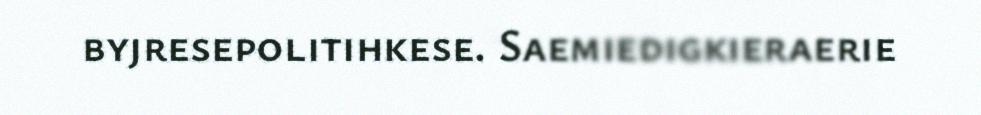
byjresepolitihkese. Saemiedigkieraerie